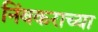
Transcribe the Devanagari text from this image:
निंबकराच्या